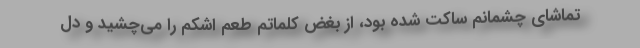
تماشای چشمانم ساکت شده بود، از بغض کلماتم طعم اشکم را می‌چشید و دل